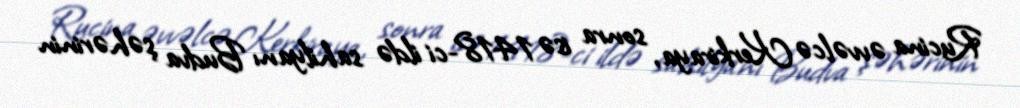
Rucina əvvəlcə Kerkiraya, sonra isə 1418-ci ildə sahilyanı Budva şəhərinin